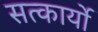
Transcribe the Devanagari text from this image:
सत्कार्यो